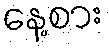
နေ့စား